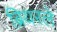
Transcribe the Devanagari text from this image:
ब्रियरले